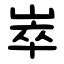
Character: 崒